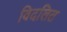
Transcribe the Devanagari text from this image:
विदलित